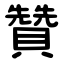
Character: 贊